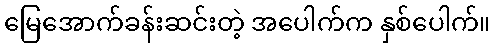
မြေအောက်ခန်းဆင်းတဲ့ အပေါက်က နှစ်ပေါက်။